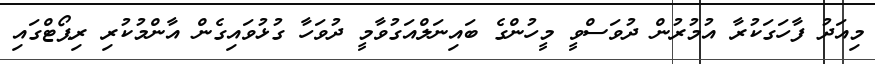
މިއަދު ފާހަގަކުރާ އުމުރުން ދުވަސްވީ މީހުންގެ ބައިނަލްއަގުވާމީ ދުވަހާ ގުޅުވައިގެން އާންމުކުރި ރިޕޯޓްގައި